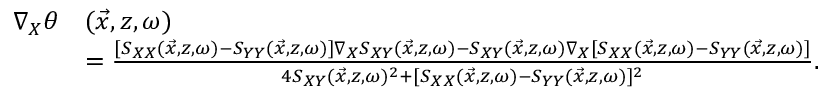
\begin{array} { r l } { \nabla _ { X } \theta } & { ( \vec { x } , z , \omega ) } \\ & { = \frac { [ S _ { X X } ( \vec { x } , z , \omega ) - S _ { Y Y } ( \vec { x } , z , \omega ) ] \nabla _ { X } S _ { X Y } ( \vec { x } , z , \omega ) - S _ { X Y } ( \vec { x } , z , \omega ) \nabla _ { X } [ S _ { X X } ( \vec { x } , z , \omega ) - S _ { Y Y } ( \vec { x } , z , \omega ) ] } { 4 S _ { X Y } ( \vec { x } , z , \omega ) ^ { 2 } + [ S _ { X X } ( \vec { x } , z , \omega ) - S _ { Y Y } ( \vec { x } , z , \omega ) ] ^ { 2 } } . } \end{array}